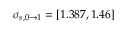
\sigma _ { s , 0 \rightarrow 1 } = [ 1 . 3 8 7 , 1 . 4 6 ]